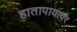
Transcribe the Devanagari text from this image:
हातापायावर